Lunatic asylums Burma 1907-21 - 1907-1921
Year: 1907
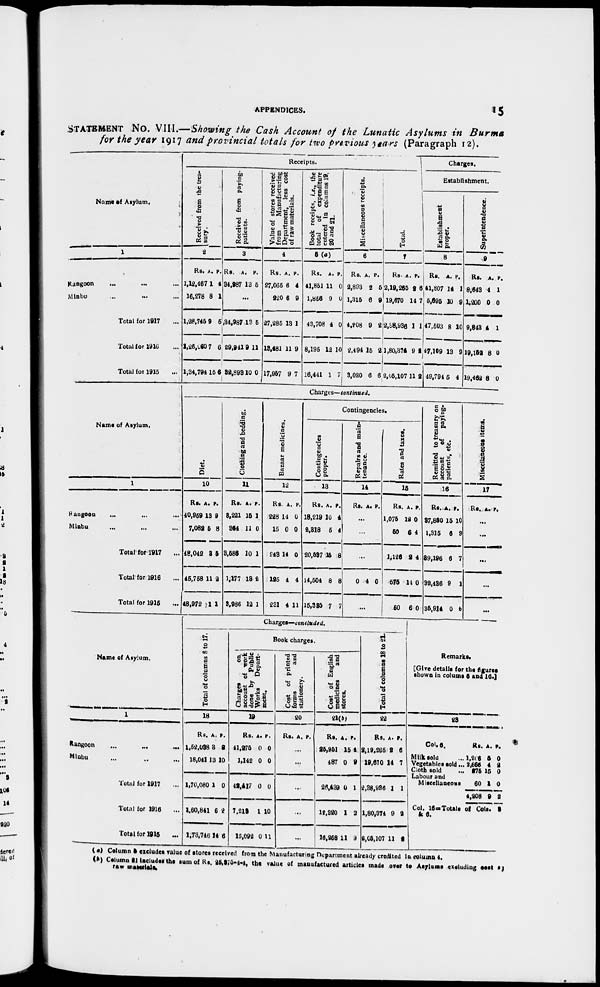
APPENDICES. 15
STATEMENT No. VIII.—Showing the Cash Account of the Lunatic Asylums in Burma
for the year 1917 and provincial totals for two previous years (Paragraph 12).
Name of Asylum.
1
Rangoon
...
... ...
Minbu ... ... ...
Total for 1917 ...
Total for 1916 ...
Total for 1915 ...
Receipts.
Received from the trea-
sury.
2
Rs.
1,12,467
16,278
1,28,745
1,26,260
1,34,794
A.
1
8
9
7
16
P.
4
1
5
6
5
Received from paying-
patients.
3
Rs.
34,987
A.
13
P.
5
...
34,987
29,941
32,893
13
9
10
5
11
0
Value of stores received
from
Manufacturing
Department, less cost
of raw materials.
4
Rs.
27,065
220
27,285
13,481
17,957
A.
6
6
13
11
9
P.
4
9
1
9
7
Book receipts, i.e., the
total
of expenditure
entered in columns 19,
20 and 21.
5 (a)
Rs.
41,851
1,856
43,708
8,195
16,441
A.
11
9
4
12
1
P.
0
0
0
10
7
Miscellaneous receipts.
6
Rs.
2,893
1,315
4,208
2,494
3,020
A.
2
6
9
15
6
P.
5
9
2
2
6
Total.
7
Rs.
2,19,265
19,670
2,38,936
1,80,374
2,05,107
A.
2
14
1
9
11
P.
6
7
1
2
2
Charges.
Establishment.
Establishment
proper.
8
Rs.
41,807
5,695
47,603
47,109
49,794
A.
14
10
8
13
5
P.
1
9
10
9
4
Superintendence.
9
Rs.
8,643
1,200
9,843
19,152
19,462
A.
4
0
4
8
8
P.
1
0
1
0
0
Name of Asylum.
1
Rangoon ... ... ...
Minbu ... ... ...
Total for 1917 ...
Total for 1916 ...
Total for 1915 ...
Charges—continued.
Diet.
10
Rs.
40,959
7,082
48,042
45,758
48,972
A.
13
5
8
11
1
P.
9
8
5
2
1
Clothing and bedding.
11
Rs.
3,221
384
3,586
1,177
3,986
A.
15
11
10
13
12
P.
1
0
1
2
1
Bazaar medicines.
12
Rs.
228
15
248
125
231
A.
14
0
14
4
4
P.
0
0
0
4
11
Contingencies.
Contingencies
proper.
13
Rs.
18,219
3,318
20,537
14,504
15,385
A.
10
5
15
8
7
P.
4
4
8
8
7
Repairs and main-
tenance.
14
Rs. A. P.
...
...
...
0 4 0
...
Rates and taxes.
15
Rs.
1,075
50
1,126
575
50
A.
12
6
2
14
6
P.
0
4
4
0
0
Remitted to treasury on
account
of
paying-
patients, etc.
16
Rs.
37,880
1,315
39,196
32,436
35,914
A.
15
6
6
9
0
P.
10
9
7
1
0
Miscellaneous items.
17
Rs. A. P.
...
...
...
...
...
Name of Asylum.
1
Rangoon ... ... ...
Minbu ... ... ...
Total for 1917 ...
Total for 1916 ...
Total for 1915 ...
Charges—concluded.
Total of columns 8 to 17.
18
Rs.
1,52,038
18,041
1,70,080
1,60,841
1,73,746
A.
3
13
1
6
14
P.
2
10
0
2
6
Book charges.
Charges
on
account of work
done by Public
Works
Depart-
ment.
19
Rs.
41,275
1,142
42,417
7,212
15,092
A.
0
0
0
1
0
P.
0
0
0
10
11
Cost of printed
forms
and
stationery.
20
Rs. A. P.
...
...
...
...
...
Cost of English
medicines
and
stores.
21(b)
Rs.
25,951
487
26,439
12,320
16,268
A.
15
0
0
1
11
P.
4
9
1
3
9
Total of columns 18 to 21.
22
Rs.
2,19,285
19,670
2,38,936
1,80,374
2,05,107
A.
2
14
1
9
11
P.
5
7
1
2
2
Remarks.
[Give details for the figures
shown in colums 5 and 16.]
23
Col. 6.
Milk sold ...
Vegetables sold ...
Cloth sold ...
Labour and
Miscellaneous
Rs.
1,305
2,686
275
60
4,208
A.
5
4
15
1
9
P.
0
2
0
0
2
Col. l6—Totals of Cols. 3
& 6.
(a) Column 3 excludes value of stores received from the Manufacturing Department already credited in column 4.
(b) Column 21 includes the sum of Rs. 25,375-4-4, the value of manufactured articles made over to Asylums excluding cost of
raw materials.